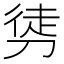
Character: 𭄂